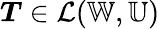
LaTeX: \boldsymbol{T}\in\mathcal{L}(\mathbb{W},\mathbb{U})